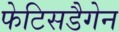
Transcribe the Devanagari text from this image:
फेटिसडैगेन